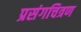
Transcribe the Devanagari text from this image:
प्रसंगचित्रण